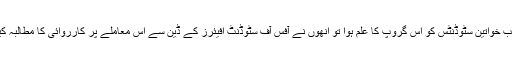
جب خواتین سٹوڈنٹس کو اس گروپ کا علم ہوا تو انھوں نے آفس آف سٹوڈنٹ افیئرز کے ڈین سے اس معاملے پر کارروائی کا مطالبہ کیا۔